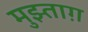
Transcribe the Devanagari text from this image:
मुझ्ताग़